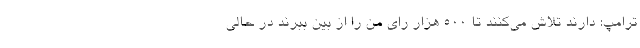
ترامپ: دارند تلاش می‌کنند تا 500 هزار رای من را از بین ببرند در حالی